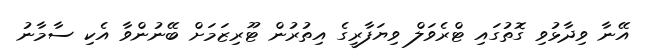
އޭނާ ވިދާޅުވި ގޮތުގައި ޓްރެވަލް ވިޔަފާރީގެ އިތުރުން ޓޫރިޒަމަށް ބޭނުންވާ އެކި ސާމާނު